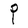
Character: P